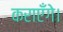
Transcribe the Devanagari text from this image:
कराएँगे।